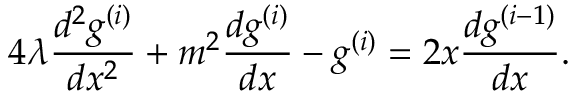
4 \lambda \frac { d ^ { 2 } g ^ { ( i ) } } { d x ^ { 2 } } + m ^ { 2 } \frac { d g ^ { ( i ) } } { d x } - g ^ { ( i ) } = 2 x \frac { d g ^ { ( i - 1 ) } } { d x } .